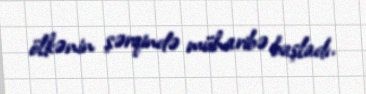
ölkənin şərqində müharibə başladı.